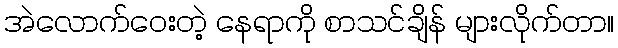
အဲလောက်ဝေးတဲ့ နေရာကို စာသင်ချိန် များလိုက်တာ။